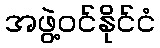
အဖွဲ့ဝင်နိုင်ငံ